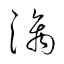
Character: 漓